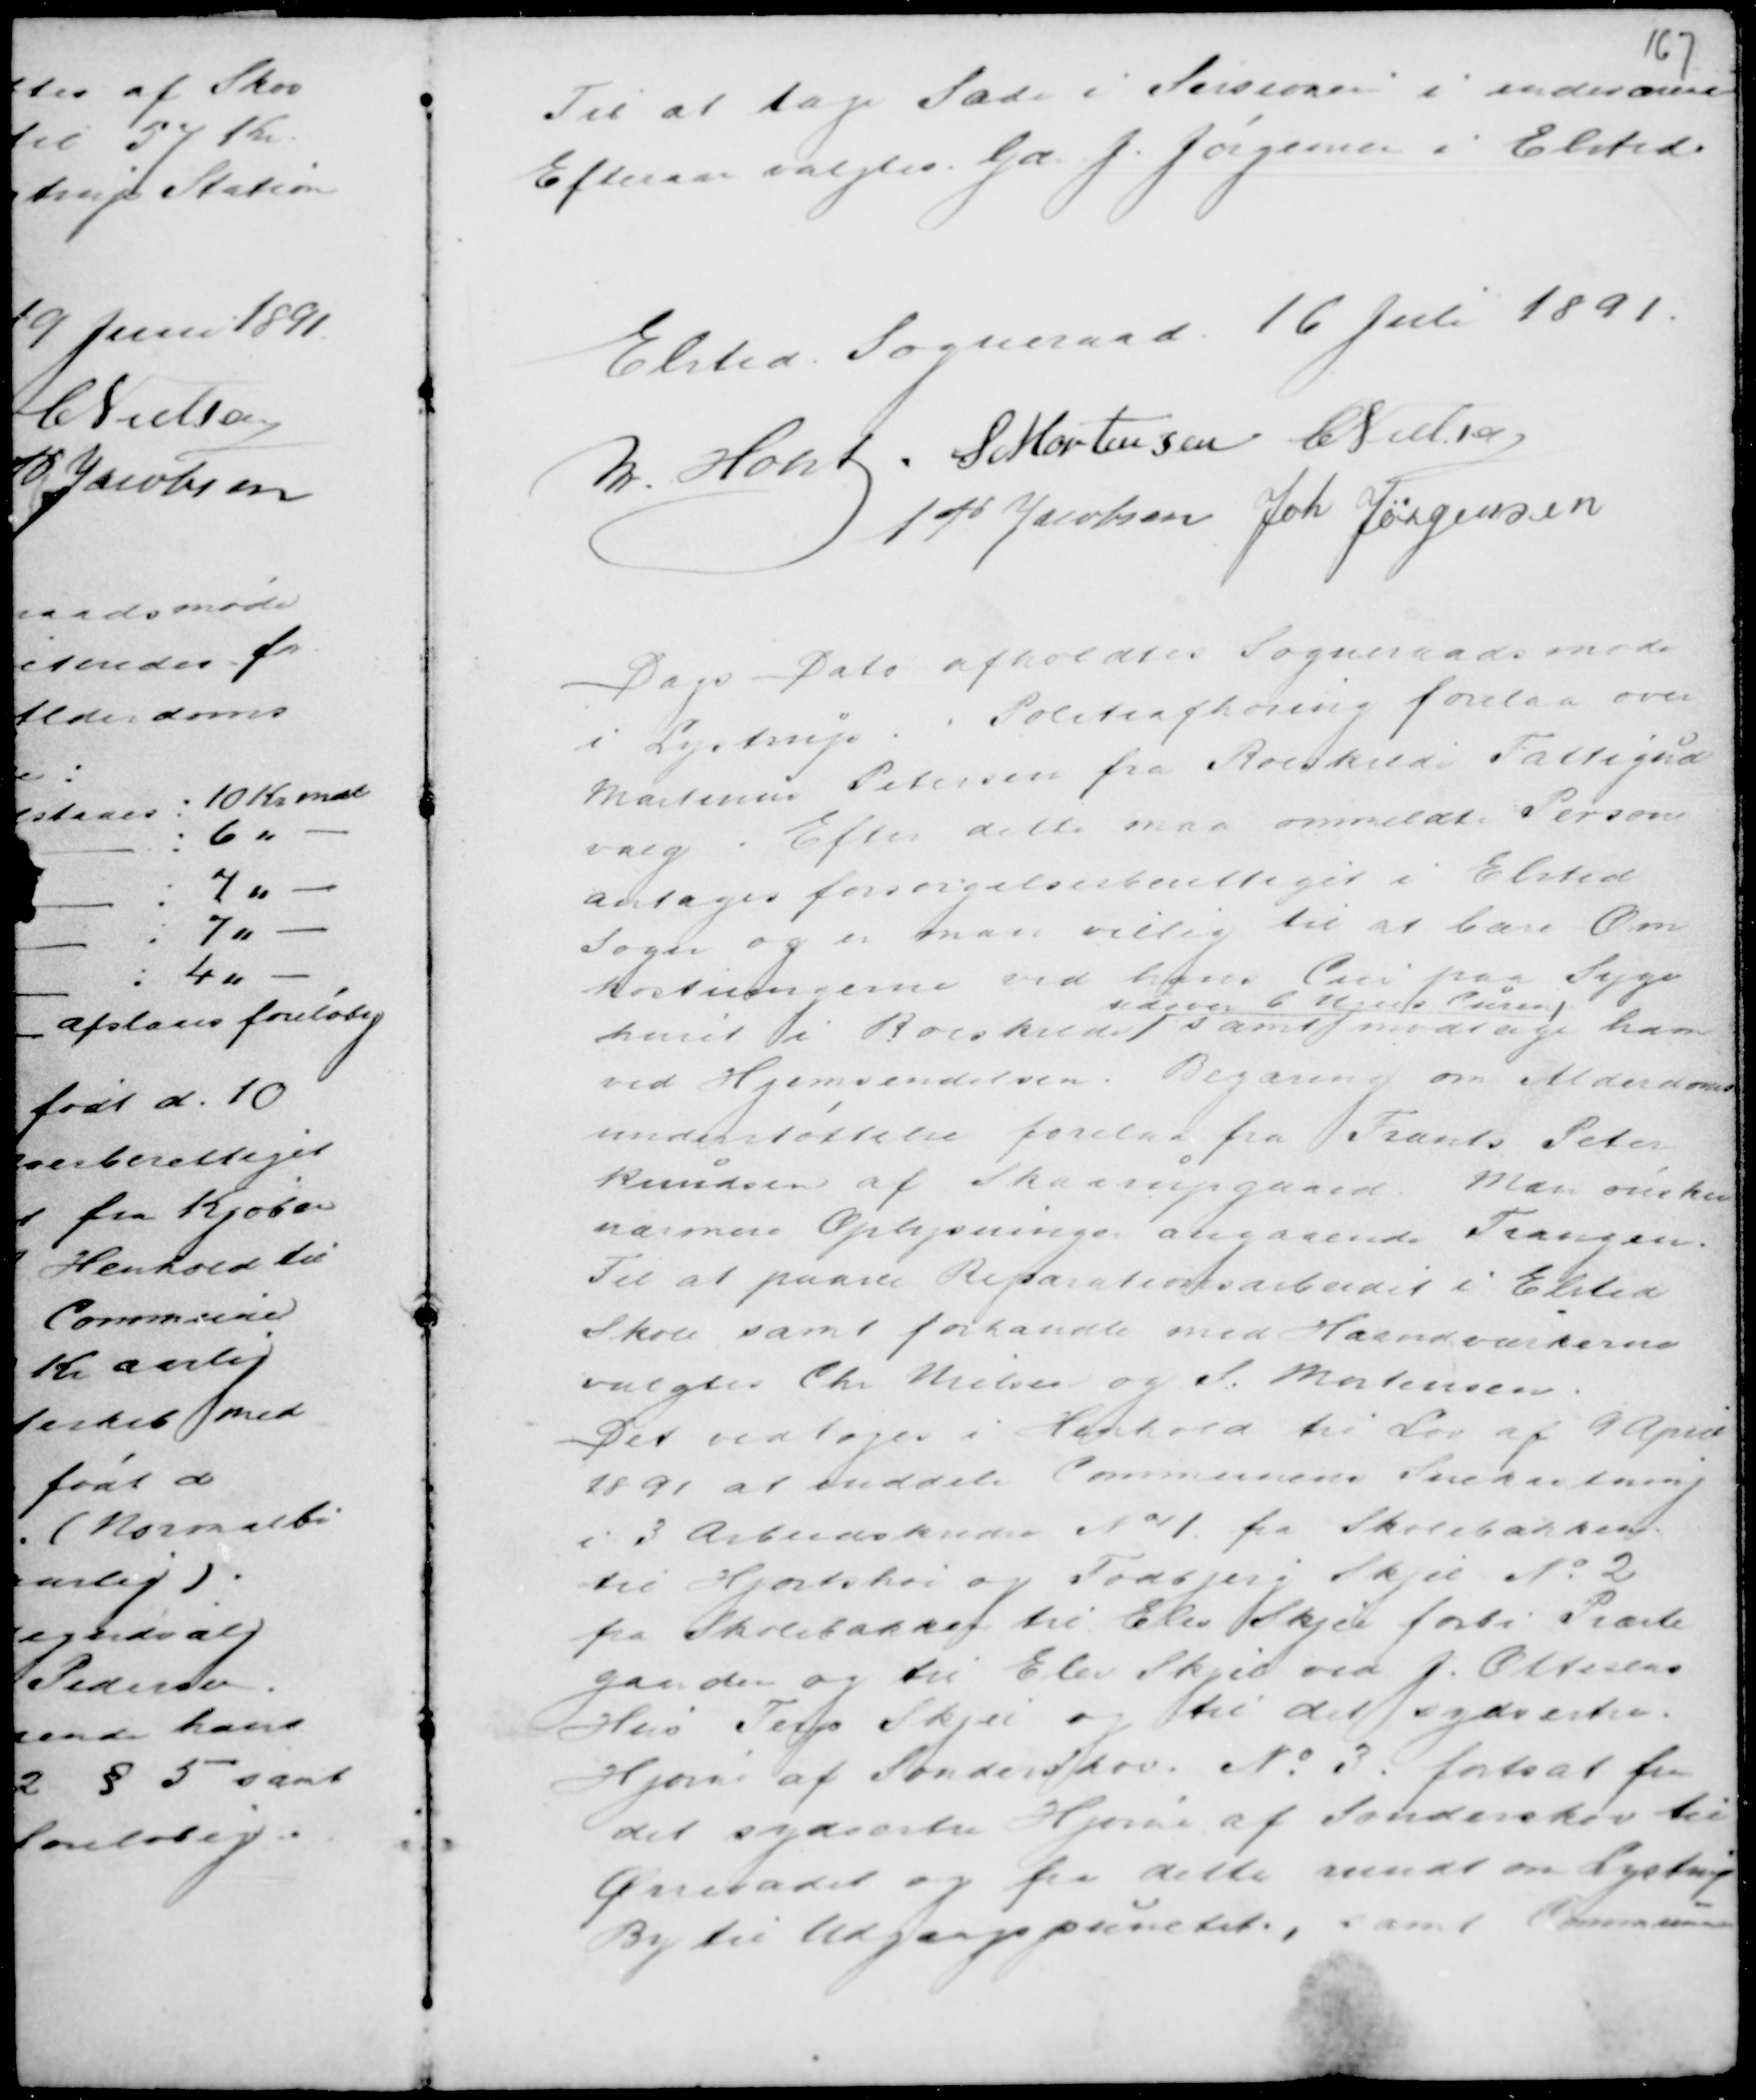
Transskription:
Til at tage Sæde i Sessionen i indeværende
Efteraar valgtes Gd J. Jørgensen i Elsted.

Elsted Sogneraad 16 Juli 1891.
M. Holst . S Mortensen C Nielsen
A P Jacobsen Joh Jørgensen

Dags Dato afholdtes Sogneraadsmøde
i Lystrup. Politiafhøring forelaa over
Martinus Petersen fra Roeskilde Fattigud-
valg. Efter dette maa ommeldte Person
antages forsørgelsesberettiget i Elsted
Sogn og er man villig til at bære Om
kostningerne ved hans Cur paa Syge
huset i Roeskilde
udover C N....... Curen
samt modtage ham
ved Hjemsendelsen. Begjæring om Alderdoms-
understøttelse forelaa fra Frants Peter
Knudsen af Skaarupgaard. Man ønsker
nærmere Oplysninger angaaende Trangen
Til at paase Reparationsarbejdet i Elsted
Skole samt forhandle med Haandværkerne
valgtes Chr Nielsen og S. Mortensen.
Det vedtoges i Henhold til Lov af 9 April
1891 at inddele Communens Snekastning
i 3 Arbejdskredse No 1 fra Skolebakken
til Hjortshøj og Todbjerg Skjel No 2
fra Skolebakken til Elev Skjel forbi Præste
gaarden og til Elev Skjel ved J. Ottesens
Hus Terp Skjel og til det sydvestre.
Hjørne af Sønderskov. No 3 fortsat fra
det sydvestre Hjørne af Sønderskov til
Ørnvadet og fra dette rundt om Lystrup
By til Udgangspunktet, samt Communens